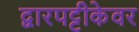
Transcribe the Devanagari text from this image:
द्वारपट्टीकेवर